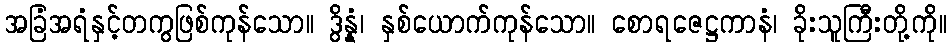
အခြံအရံနှင့်တကွဖြစ်ကုန်သော။ ဒွိန္နံ၊ နှစ်ယောက်ကုန်သော။ စောရဇေဋ္ဌကာနံ၊ ခိုးသူကြီးတို့ကို။